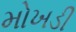
મોખડી